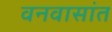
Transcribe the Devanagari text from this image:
वनवासांत